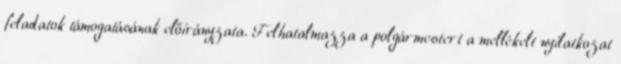
feladatok támogatásának előirányzata. Felhatalmazza a polgármestert a mellékelt nyilatkozat